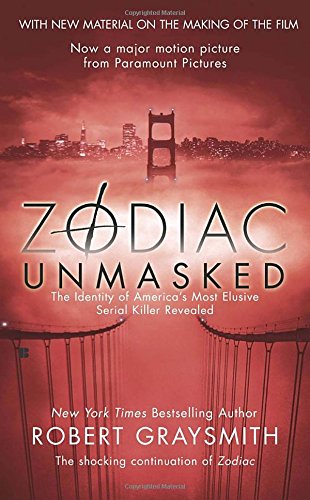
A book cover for Zodiac Unmasked: The Identity of America's Most Elusive Serial Killer Revealed; Robert Graysmith; Biographies & Memoirs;